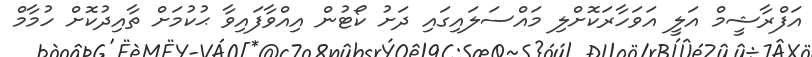
އަފްރާޝީމް އަލީ އަވަހާރަކޮށްލި މައްސަލައިގައި ދަށު ކޯޓުން އިއްވާފައިވާ ޙުކުމަށް ތާއިދުކޮށް ހުމާމް